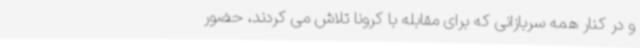
و در کنار همه سربازانی که برای مقابله با کرونا تلاش می کردند، حضور